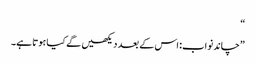
“
”چاند نواب: اس کے بعد دیکھیں گے کیا ہوتا ہے۔